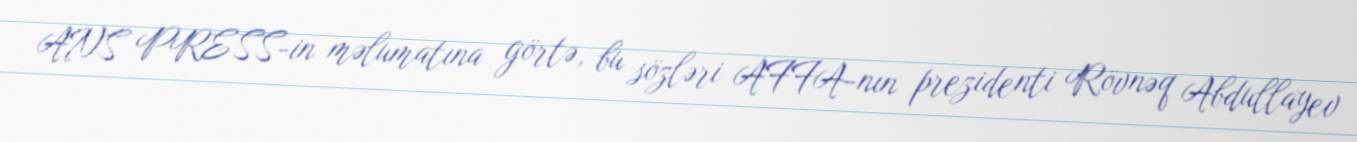
ANS PRESS-in məlumatına görtə, bu sözləri AFFA-nın prezidenti Rövnəq Abdullayev